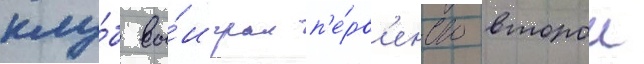
клу́б вы́играл п'е́рв'енство второи